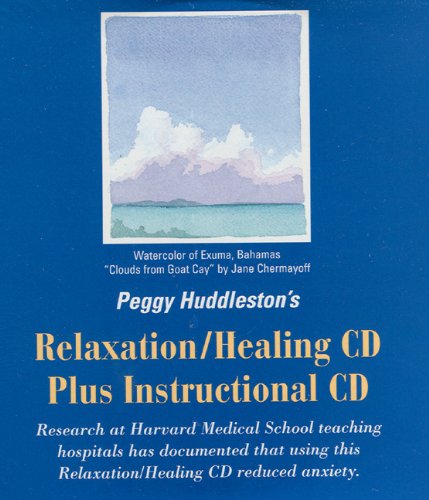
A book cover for Peggy Huddleston's Relaxation/Healing CD plus Instructional CD; Peggy Huddleston; Health, Fitness & Dieting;